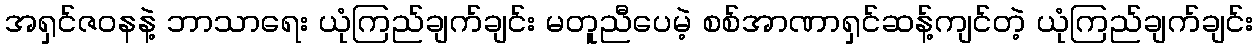
အရှင်ဇဝနနဲ့ ဘာသာရေး ယုံကြည်ချက်ချင်း မတူညီပေမဲ့ စစ်အာဏာရှင်ဆန့်ကျင်တဲ့ ယုံကြည်ချက်ချင်း